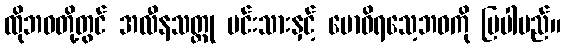
ထိုဘဝတို့တွင် အလီနသတ္တု မင်းသားနှင့် ဗောဓိရသေ့ဘဝကို ပြပါမည်။